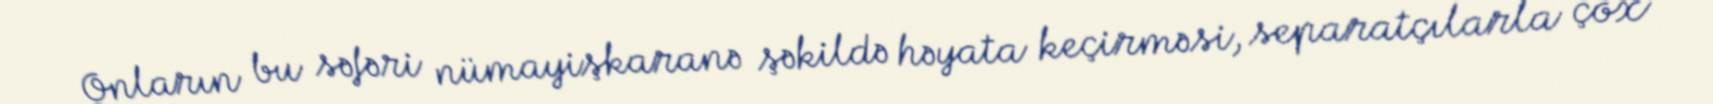
Onların bu səfəri nümayişkaranə şəkildə həyata keçirməsi, separatçılarla çox